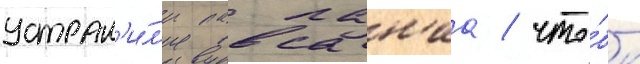
устран'и́л'и павсан'иа / что́бы